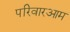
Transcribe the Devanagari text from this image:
परिवारआम